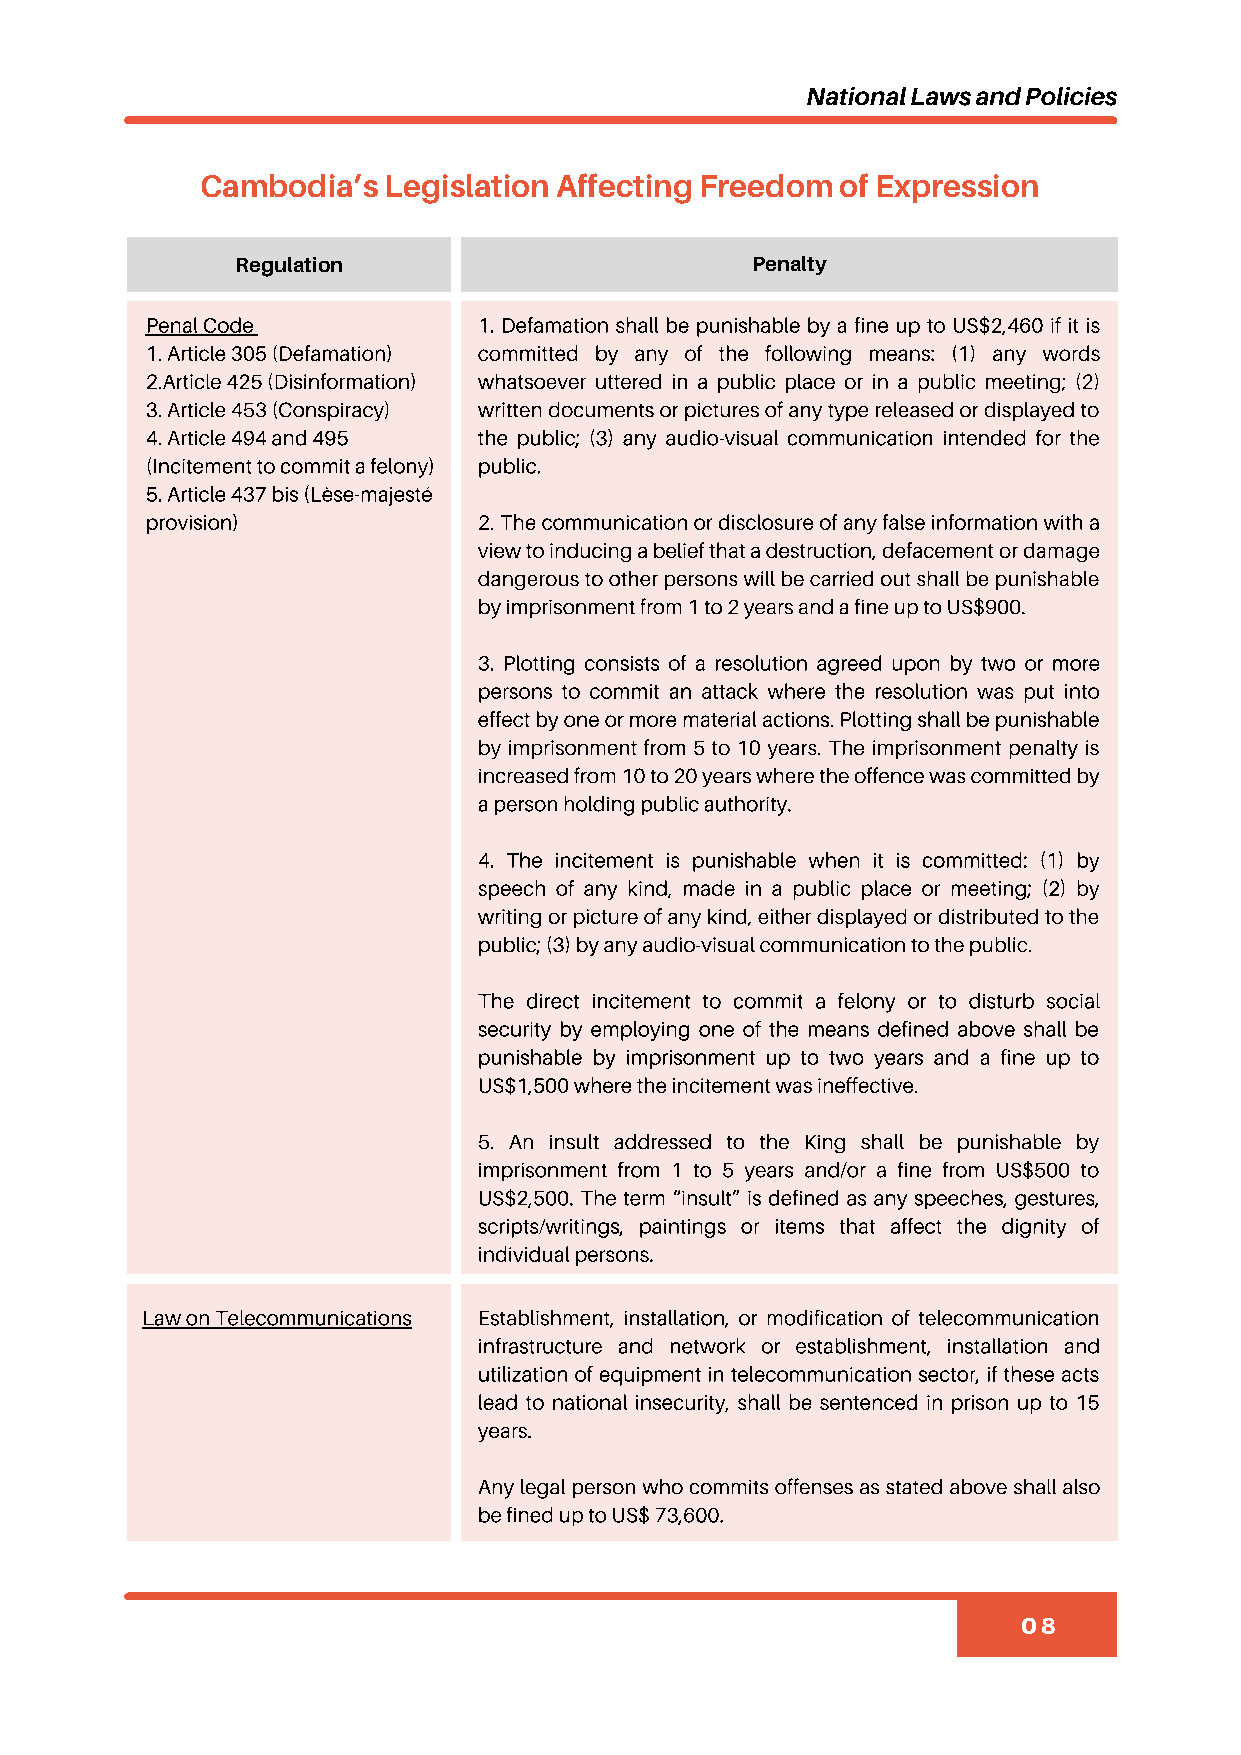
National Laws and Policies
 Cambodia’s  Legislation Affecting Freedom  of Expression
 Regulation                        Penalty
 Penal Code            1. Defamation shall be punishable by a fine up to US$2,460 if it is
 1. Article 305 (Defamation) committed by any of the following means: (1) any words
 2.Article 425 (Disinformation) whatsoever uttered in a public place or in a public meeting; (2)
 3. Article 453 (Conspiracy) written documents or pictures of any type released or displayed to
 4. Article 494 and 495 the public; (3) any audio-visual communication intended for the
 (Incitement to commit a felony) public.
 5. Article 437 bis (Lèse-majesté
 provision)            2. The communication or disclosure of any false information with a
 view to inducing a belief that a destruction, defacement or damage
 dangerous to other persons will be carried out shall be punishable
 by imprisonment from 1 to 2 years and a fine up to US$900.
 3. Plotting consists of a resolution agreed upon by two or more
 persons to commit an attack where the resolution was put into
 effect by one or more material actions. Plotting shall be punishable
 by imprisonment from 5 to 10 years. The imprisonment penalty is
 increased from 10 to 20 years where the offence was committed by
 a person holding public authority.
 4. The incitement is punishable when it is committed: (1) by
 speech of any kind, made in a public place or meeting; (2) by
 writing or picture of any kind, either displayed or distributed to the
 public; (3) by any audio-visual communication to the public.
 The direct incitement to commit a felony or to disturb social
 security by employing one of the means defined above shall be
 punishable by imprisonment up to two years and a fine up to
 US$1,500 where the incitement was ineffective.
 5. An insult addressed to the King shall be punishable by
 imprisonment from 1 to 5 years and/or a fine from US$500 to
 US$2,500. The term “insult” is defined as any speeches, gestures,
 scripts/writings, paintings or items that affect the dignity of
 individual persons.
 Law on Telecommunications Establishment, installation, or modification of telecommunication
 infrastructure and network or establishment, installation and
 utilization of equipment in telecommunication sector, if these acts
 lead to national insecurity, shall be sentenced in prison up to 15
 years.
 Any legal person who commits offenses as stated above shall also
 be fined up to US$ 73,600.
 08